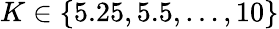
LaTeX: K\in\{ 5.25,5.5,\ldots,10\}